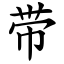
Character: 带